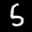
Label: 5